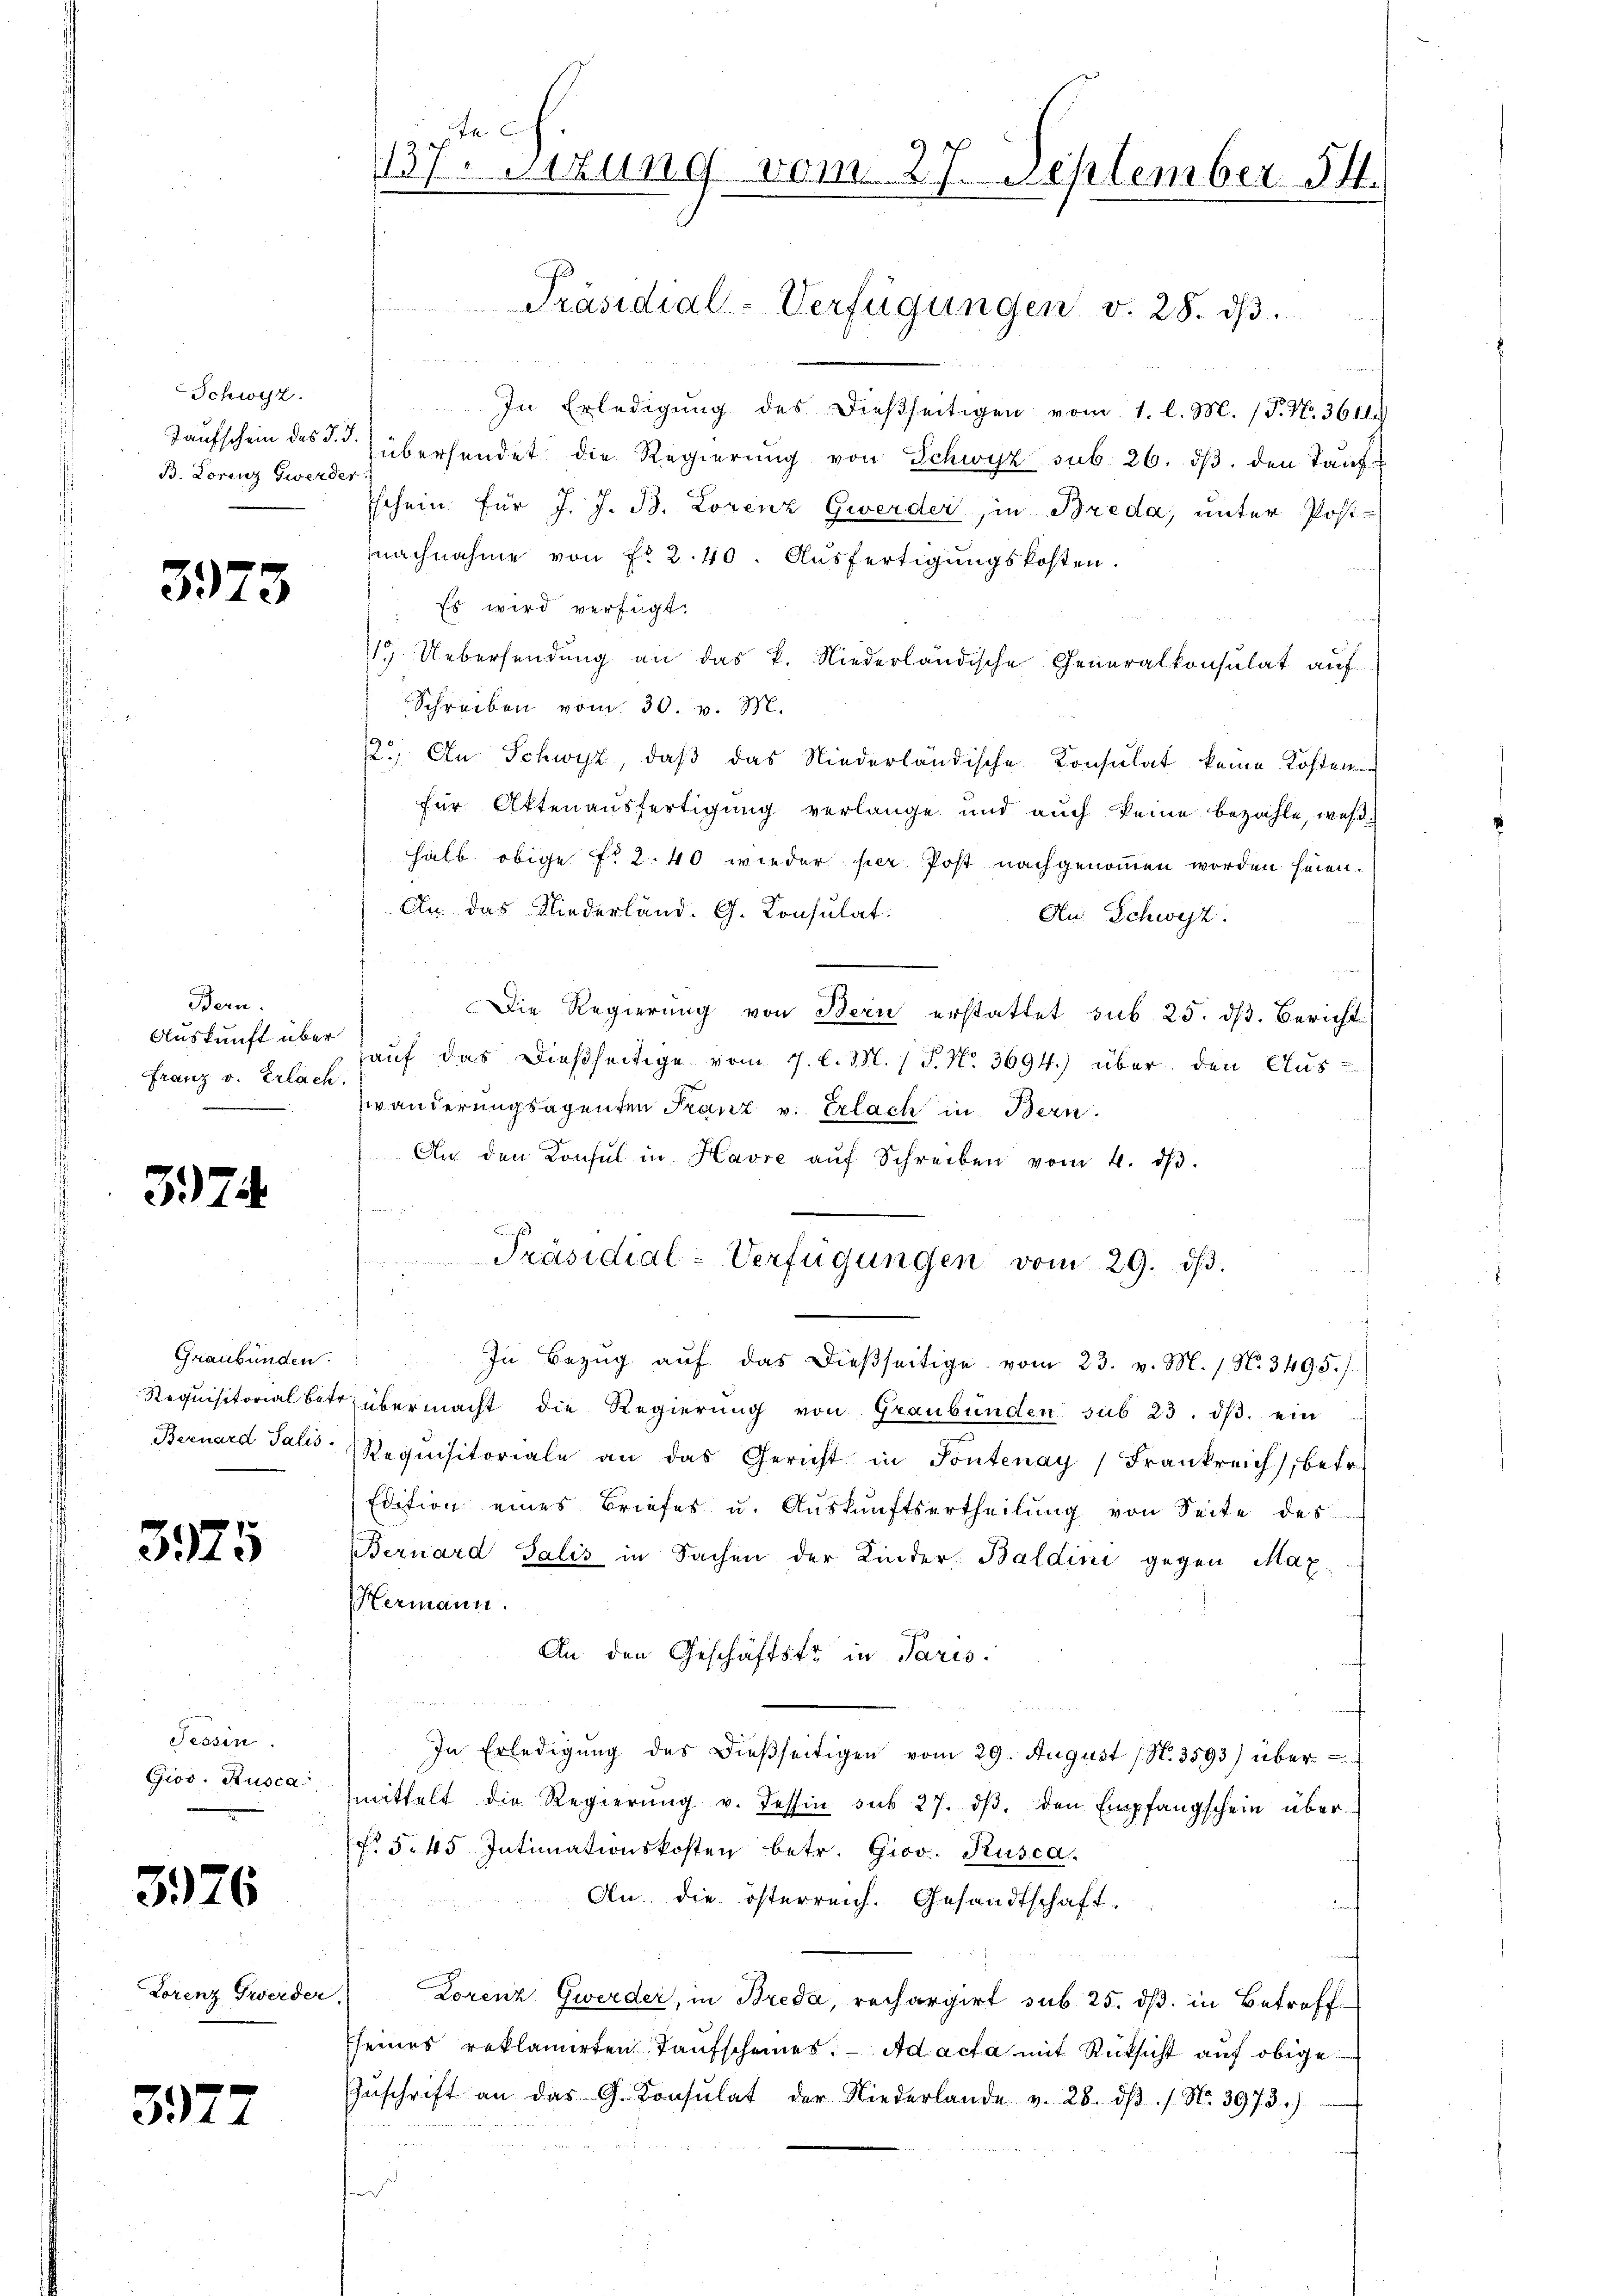
Schwyz.
B. Lorenz Gwerder

3973

Bern.
Auskunft über
Franz v. Erlach.

374

Graubünden.
Bernard Salis

3975

Tessin.
Gios. Rusca

3976

Lorenz Gwerder

3972

137. Sizung vom 27. September 14.

Präsidial-Verfügungen v. 28. dβ.

In Erledigŭng des dießseitigen vom 1. l. M. (T. N. 3611)
Taufschein des S. überhandet die Regierŭng von Schwyz sub. 26. dβ. den Tauf¬
Tschein für J. J. B. Lorenz Gwerder, in Breda, unter Postnachnahme von Nr. 240. Ausfertigungskosten.
Es wird verfügt:
1. Uebersendung an das k. Niederländische Generalkonsulat auf
Schreiben vom 30. v. M.
12.) An Schwyz, daß das Niederländische Consulat keine Kosten
für Aktenausfertigung verlange und auch keine bezahle, weßhalb obige No 2.40 wieder ser Post nachgenommen worden heien.
An das Niederland. G. Consulat:
An Schweiz.
hi
Die Regierung von Bern erstattet sub 25. dβ. Bericht
auf das dießseitige vom 7. d. M. (T. No. 3694.) über den Aus-
wänderungsagenten Franz v. Erlach in Bern
 An den Konsul in Havre aŭf Schreiben vom 4. dβ.

Präsidial-Verfügungen vom 29. dβ.
d
In Bezŭg aŭf das dießseitige vom 23. v. M. / N. 3495. /.
Requisitorial betr. übermacht die Regierŭng von Graubünden sub 23. dβ. ein
Requisitoriale an das Gericht in Pontenay, Frankreich, betr.
Edition eines Briefes u. Auskunftsertheilung von Seite des
Bernard Salis in Sachen der Kinder Baldini gegen Max
Hermann.
An den Geschäftstr in Paris
u
In Erledigung des dießseitigen vom 29. August (N. 3593) übermittelt die Regierŭng v. Tessin sub 27. dβ, den Empfangschein über¬
 545. Intimationskosten betr. Giov. Kusca
An die österreich. Gesandtschaft.
Lorenz Gwerder, in Breda, rechargirt sub 25. dß. in Betreff
seines reklamirten Taufscheines. ad acta mit Rücksicht auf obige
Zŭschrift an das G. Consulat der Niederlande v. 28. dβ / No. 3973.)
i